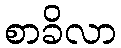
စာခိလာ